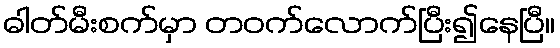
ဓါတ်မီးစက်မှာ တဝက်လောက်ပြီး၍နေပြီ။